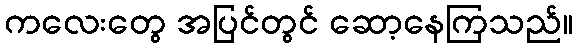
ကလေးတွေ အပြင်တွင် ဆော့နေကြသည်။